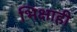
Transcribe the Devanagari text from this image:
भिक्षाही